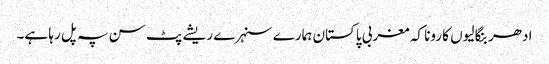
ادھر بنگالیوں کا رونا کہ مغربی پاکستان ہمارے سنہرے ریشے پٹ سن پہ پل رہا ہے۔